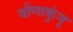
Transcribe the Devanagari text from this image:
वीणाकुंजू